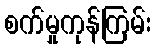
စက်မှုကုန်ကြမ်း